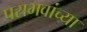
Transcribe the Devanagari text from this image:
पराभवांच्या